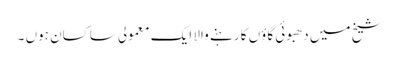
شیخ میں دھبوئی گاؤں کا رہنے والا ایک معمولی ساکسان ہوں ۔